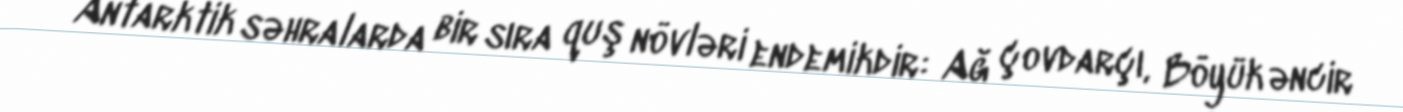
Antarktik səhralarda bir sıra quş növləri endemikdir: Ağ çovdarçı, Böyük əncir